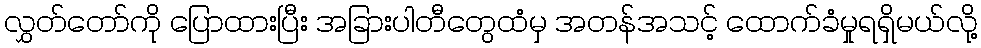
လွှတ်တော်ကို ပြောထားပြီး အခြားပါတီတွေထံမှ အတန်အသင့် ထောက်ခံမှုရရှိမယ်လို့